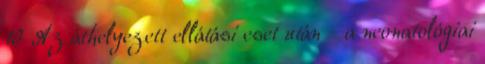
10 Az áthelyezett ellátási eset után - a neonatológiai